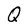
Character: Q